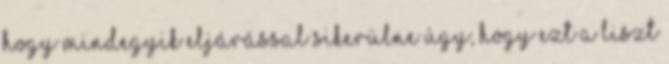
hogy mindegyik eljárással sikerülne úgy, hogy ezt a liszt